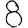
Digit: 8